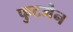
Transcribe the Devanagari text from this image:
फुटमैन